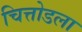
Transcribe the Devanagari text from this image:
चित्तोडला